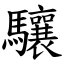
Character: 驤